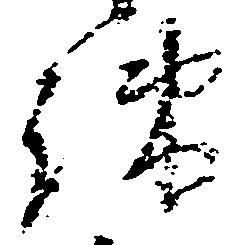
疎